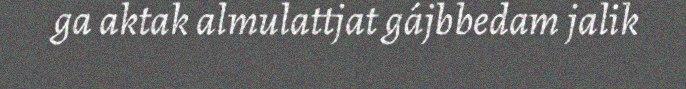
ga aktak almulattjat gájbbedam jalik